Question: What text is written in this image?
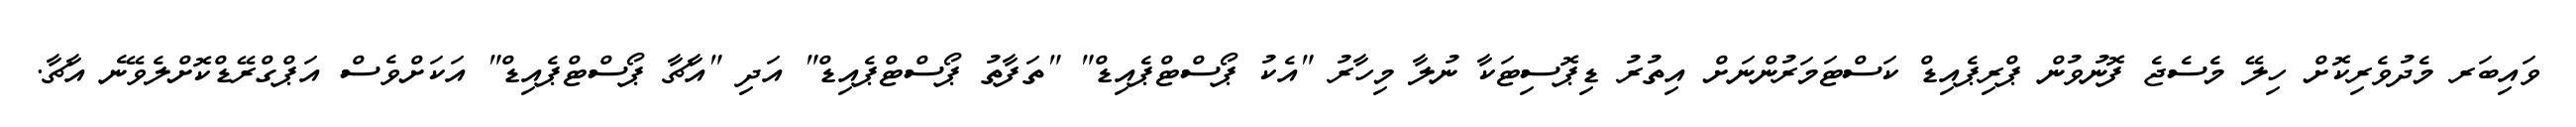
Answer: ވައިބަރ މެދުވެރިކޮށް ހިލޭ މެސެޖެ ފޮނުވުން ޕްރިޕެއިޑް ކަސްޓަމަރުންނަށް އިތުރު ޑިޕޮސިޓަކާ ނުލާ މިހާރު "އެކު ޕޯސްޓްޕެއިޑް" "ތަފާތު ޕޯސްޓްޕެއިޑް" އަދި "އާޗާ ޕޯސްޓްޕެއިޑް" އަކަށްވެސް އަޕްގްރޭޑްކޮށްލެވޭނެ އާޗާ.